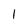
Character: 1